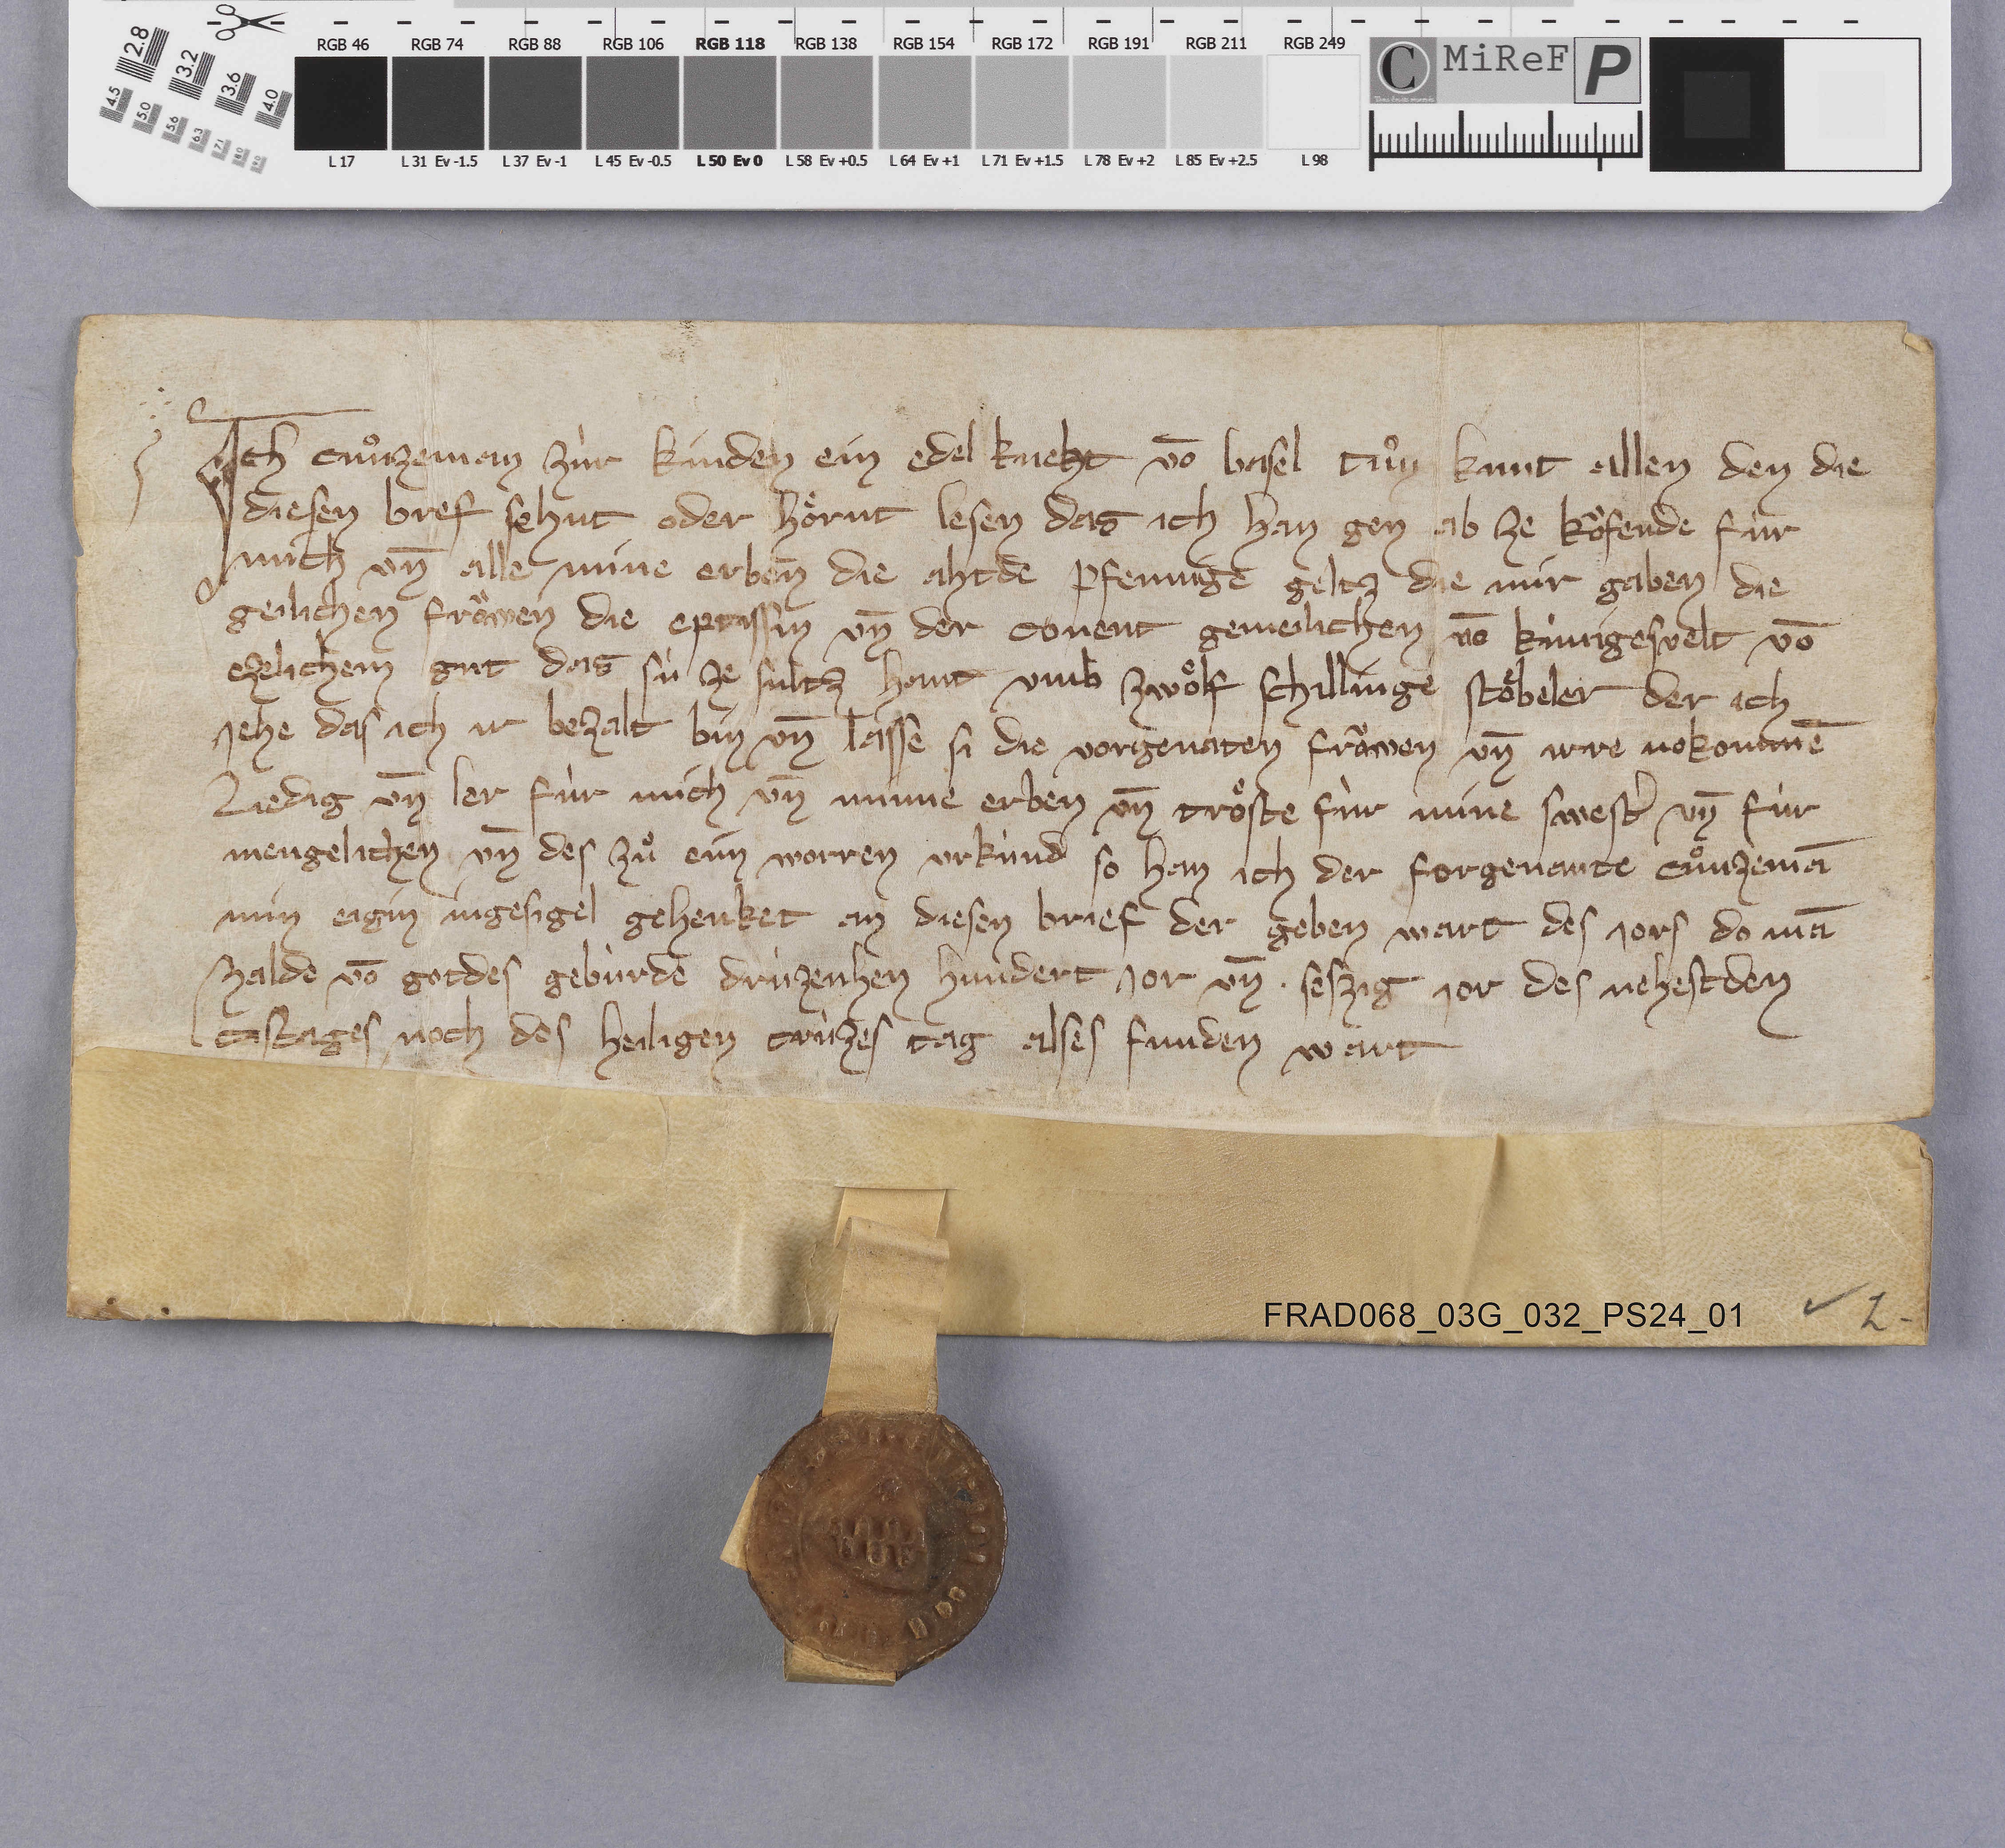
Ich Cuͦnzeman zùr Kinden ein edel kneht vō Basel tuͦn kunt allen den die
diesen bref sehut oder hoͤrut lesen das ich han gen ab ze koͧfende fùr
mich un̄ alle mine erben die ahtde pfennige geltz die mir gaben die
geilichen froͧwen die eptissin un̄ der covent gemeilichen vō Kùnigesvelt vō
ezelichem gut das sù ze Sultz hant umb zwoͤlf schillinge Stoͤbeler der ich
jehe das ich ir bezalt bin un̄ lasse si die vorgenaten froͤwen un̄ irre nokommē
liedig un̄ lar fùr mich un̄ mine erben un̄ troͤste fùr mine swestˀ un̄ fùr
mengelichen un̄ des zuͦ eim worren urkùnd so han ich der forgenante Cuͦnzemā
min eigin ingesigel gehenket an diesen brief der geben wart des jors do mā
zalde vō gotdes gebùrde drùzenhen hundert jor un̄ ✳ seszig jor des nehestden
castages noch des heiligen crùzes tag alses funden wart.